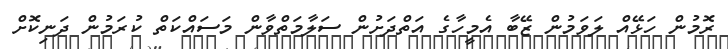
ރޮމުން ހަޅޭއް ލަވަމުން ޒޭބާ އެމީހާގެ އަތްދަށުން ސަލާމަތްވާން މަސައްކަތް ކުރަމުން ދަނިކޮށް